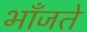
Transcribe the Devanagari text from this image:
भाँजते